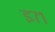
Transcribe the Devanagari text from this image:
इ७१